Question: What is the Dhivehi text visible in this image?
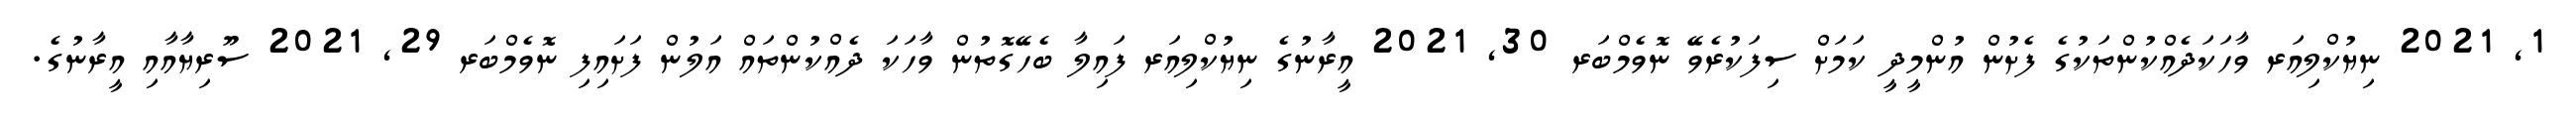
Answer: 1, 2021 ނިޔުކްލިއަރ ވާހަކަދެއްކުންތަކުގެ ފެށުން އުންމީދީ ކަމަށް ސިފަކުރެވޭ ނޮވެމްބަރ 30, 2021 އީރާނުގެ ނިޔުކްލިއަރ ފައިލާ ބެހޭގޮތުން ވާހަކަ ދެއްކުންތައް އަލުން ފަށައިފި ނޮވެމްބަރ 29, 2021 ސޫރިޔާއާއި އީރާނުގެ.